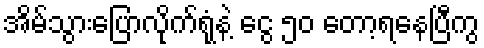
အိမ်သွားပြောလိုက်ရုံနဲ့ ငွေ ၅၀ တော့ရနေပြီကွ